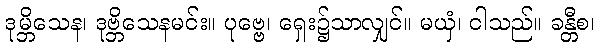
ဒုမ္ဘိသေန၊ ဒုဗ္ဘိသေနမင်း။ ပုဗ္ဗေ၊ ရှေး၌သာလျှင်။ မယှံ၊ ငါသည်။ ခန္တီစ၊